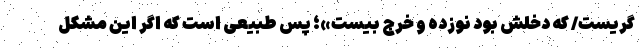
گریست/ که دخلش بود نوزده و خرج بیست»؛ پس طبیعی است که اگر این مشکل